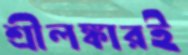
শ্রীলঙ্কারই